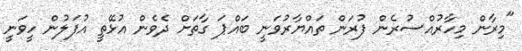
"މިރާން މިހާރުއްސުރެން ފުރަން ތައްޔާރުވަނީ ބައްޕަ ގާތަށް ދެވެން އުޅޭތީ އުފަލުން ހީވަނީ